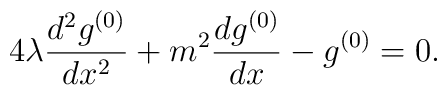
4\lambda\frac{d^2g^{(0)}}{dx^2}+m^2\frac{dg^{(0)}}{dx}-g^{(0)}=0.